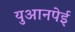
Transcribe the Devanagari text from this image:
युआनपेई